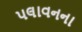
પલાવનના